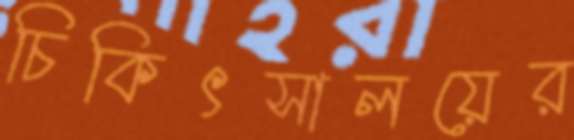
চিকিৎসালয়ের